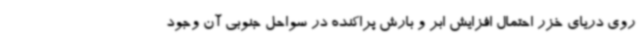
روی دریای خزر احتمال افزایش ابر و بارش پراکنده در سواحل جنوبی آن وجود